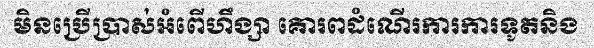
មិនប្រើប្រាស់អំពើហឹង្សា គោរពដំណើរការការទូតនិង